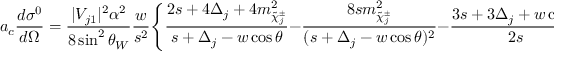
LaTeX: a _ { c } \frac { d \sigma ^ { 0 } } { d \Omega } = \frac { | V _ { j 1 } | ^ { 2 } \alpha ^ { 2 } } { 8 \sin ^ { 2 } \theta _ { W } } \frac { w } { s ^ { 2 } } \Bigg \{ \frac { \displaystyle 2 s + 4 \Delta _ { j } + 4 m _ { \tilde { \chi } _ { j } ^ { \pm } } ^ { 2 } } { s + \Delta _ { j } - w \cos \theta } { } - \frac { 8 s m _ { \tilde { \chi } _ { j } ^ { \pm } } ^ { 2 } } { ( s + \Delta _ { j } - w \cos \theta ) ^ { 2 } } - \frac { 3 s + 3 \Delta _ { j } + w \cos \theta } { 2 s } \Bigg \} ,